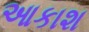
આકાશ